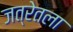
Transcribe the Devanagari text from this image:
जत्रेतला